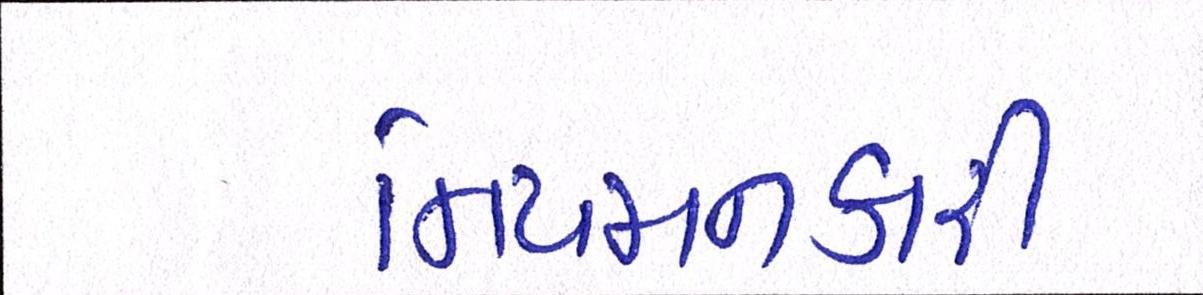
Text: નિયમનકારી